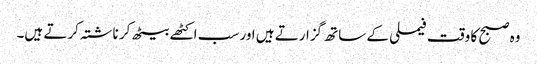
وہ صبح کا وقت فیملی کے ساتھ گزارتے ہیں اور سب اکٹھے بیٹھ کر ناشتہ کرتے ہیں۔